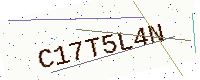
Text: C17T5L4N